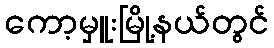
ကော့မှူးမြို့နယ်တွင်